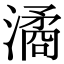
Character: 潏